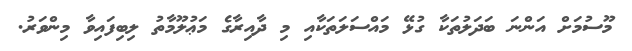
މޫސުމަށް އަންނަ ބަދަލުތަކާ ގުޅޭ މައްސަލަތަކާއި މި ދާއިރާގެ މަޢުލޫމާތު ލިބިފައިވާ މިންވަރު.